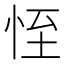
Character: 恎